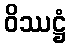
ဝိဿဋ္ဌံ